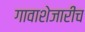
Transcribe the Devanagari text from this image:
गावाशेजारीच